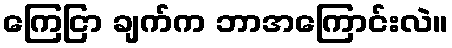
ကြေငြာ ချက်က ဘာအကြောင်းလဲ။